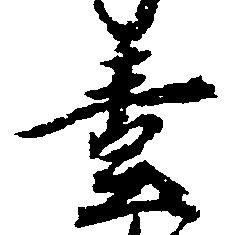
壱